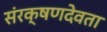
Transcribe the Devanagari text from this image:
संरक्षणदेवता